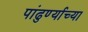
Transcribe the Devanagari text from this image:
पांढुर्ण्याच्या